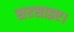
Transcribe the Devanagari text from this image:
सरसाइए।